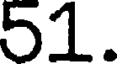
51.